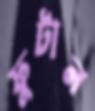
ফুটান